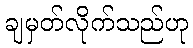
ချမှတ်လိုက်သည်ဟု